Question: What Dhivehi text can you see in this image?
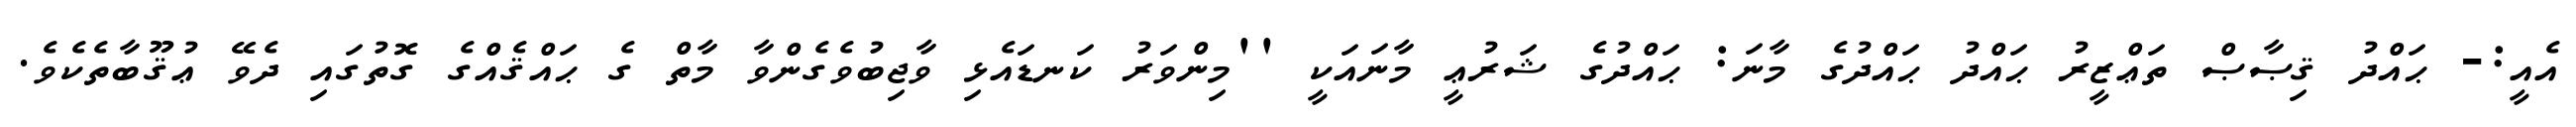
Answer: އެއީ:- ޙައްދު ޤިޞާޞް ތަޢްޒީރު ޙައްދު ޙައްދުގެ މާނަ: ޙައްދުގެ ޝަރުޢީ މާނައަކީ ''މިންވަރު ކަނޑައެޅި ވާޖިބުވެގެންވާ މާތް ގެ ޙައްޤެއްގެ ގޮތުގައި ދެވޭ ޢުޤޫބާތެކެވެ.